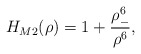
\begin{align*}H_{M2}(\rho)=1+\frac{\rho_{-}^{6}}{\rho^{6}},\end{align*}